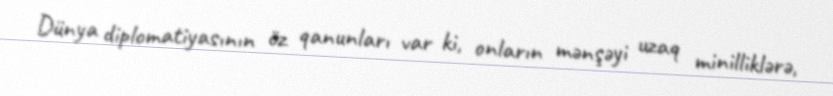
Dünya diplomatiyasının öz qanunları var ki, onların mənşəyi uzaq minilliklərə,